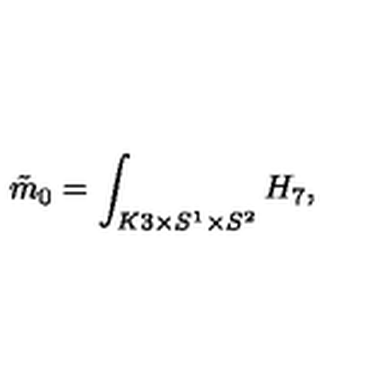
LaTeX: \tilde { m } _ { 0 } = \int _ { K 3 \times S ^ { 1 } \times S ^ { 2 } } H _ { 7 } ,